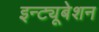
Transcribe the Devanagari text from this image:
इन्ट्यूबेशन